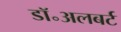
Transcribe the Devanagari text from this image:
डॉ॰अलबर्ट